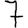
Digit: 7